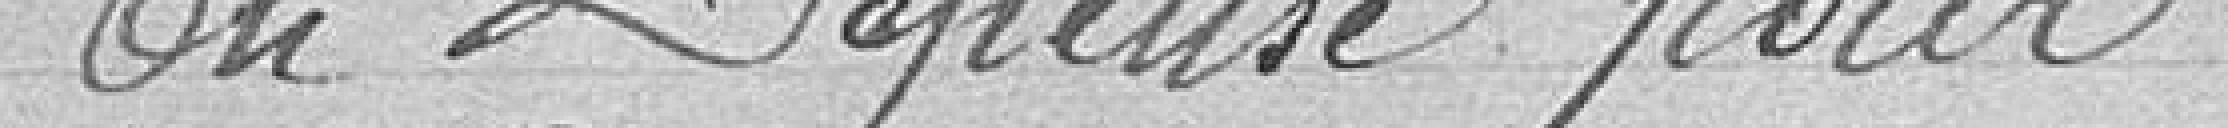
En dépense pour :